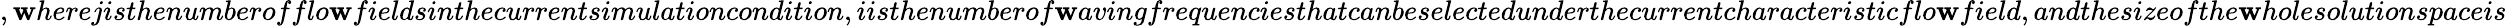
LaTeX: ,\mathbf{w}here\textit{{j}}isthenumberofflo\mathbf{w}fieldsinthecurrentsimulationcondition,\textit{{i}}isthenumberof\mathbf{w}avingfrequenciesthatcanbeselectedunderthecurrentcharacteristicflo\mathbf{w}field,andthesizeofthe\mathbf{w}holesolutionspaceis